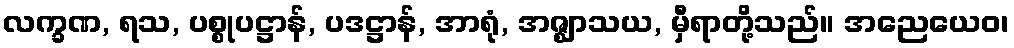
လက္ခဏ, ရသ, ပစ္စုပဋ္ဌာန်, ပဒဋ္ဌာန်, အာရုံ, အဇ္ဈာသယ, မှီရာတို့သည်။ အညေယေဝ၊